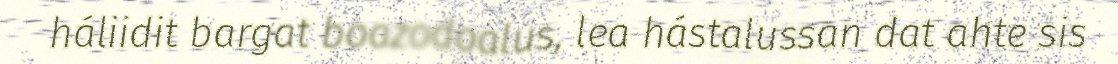
háliidit bargat boazodoalus, lea hástalussan dat ahte sis